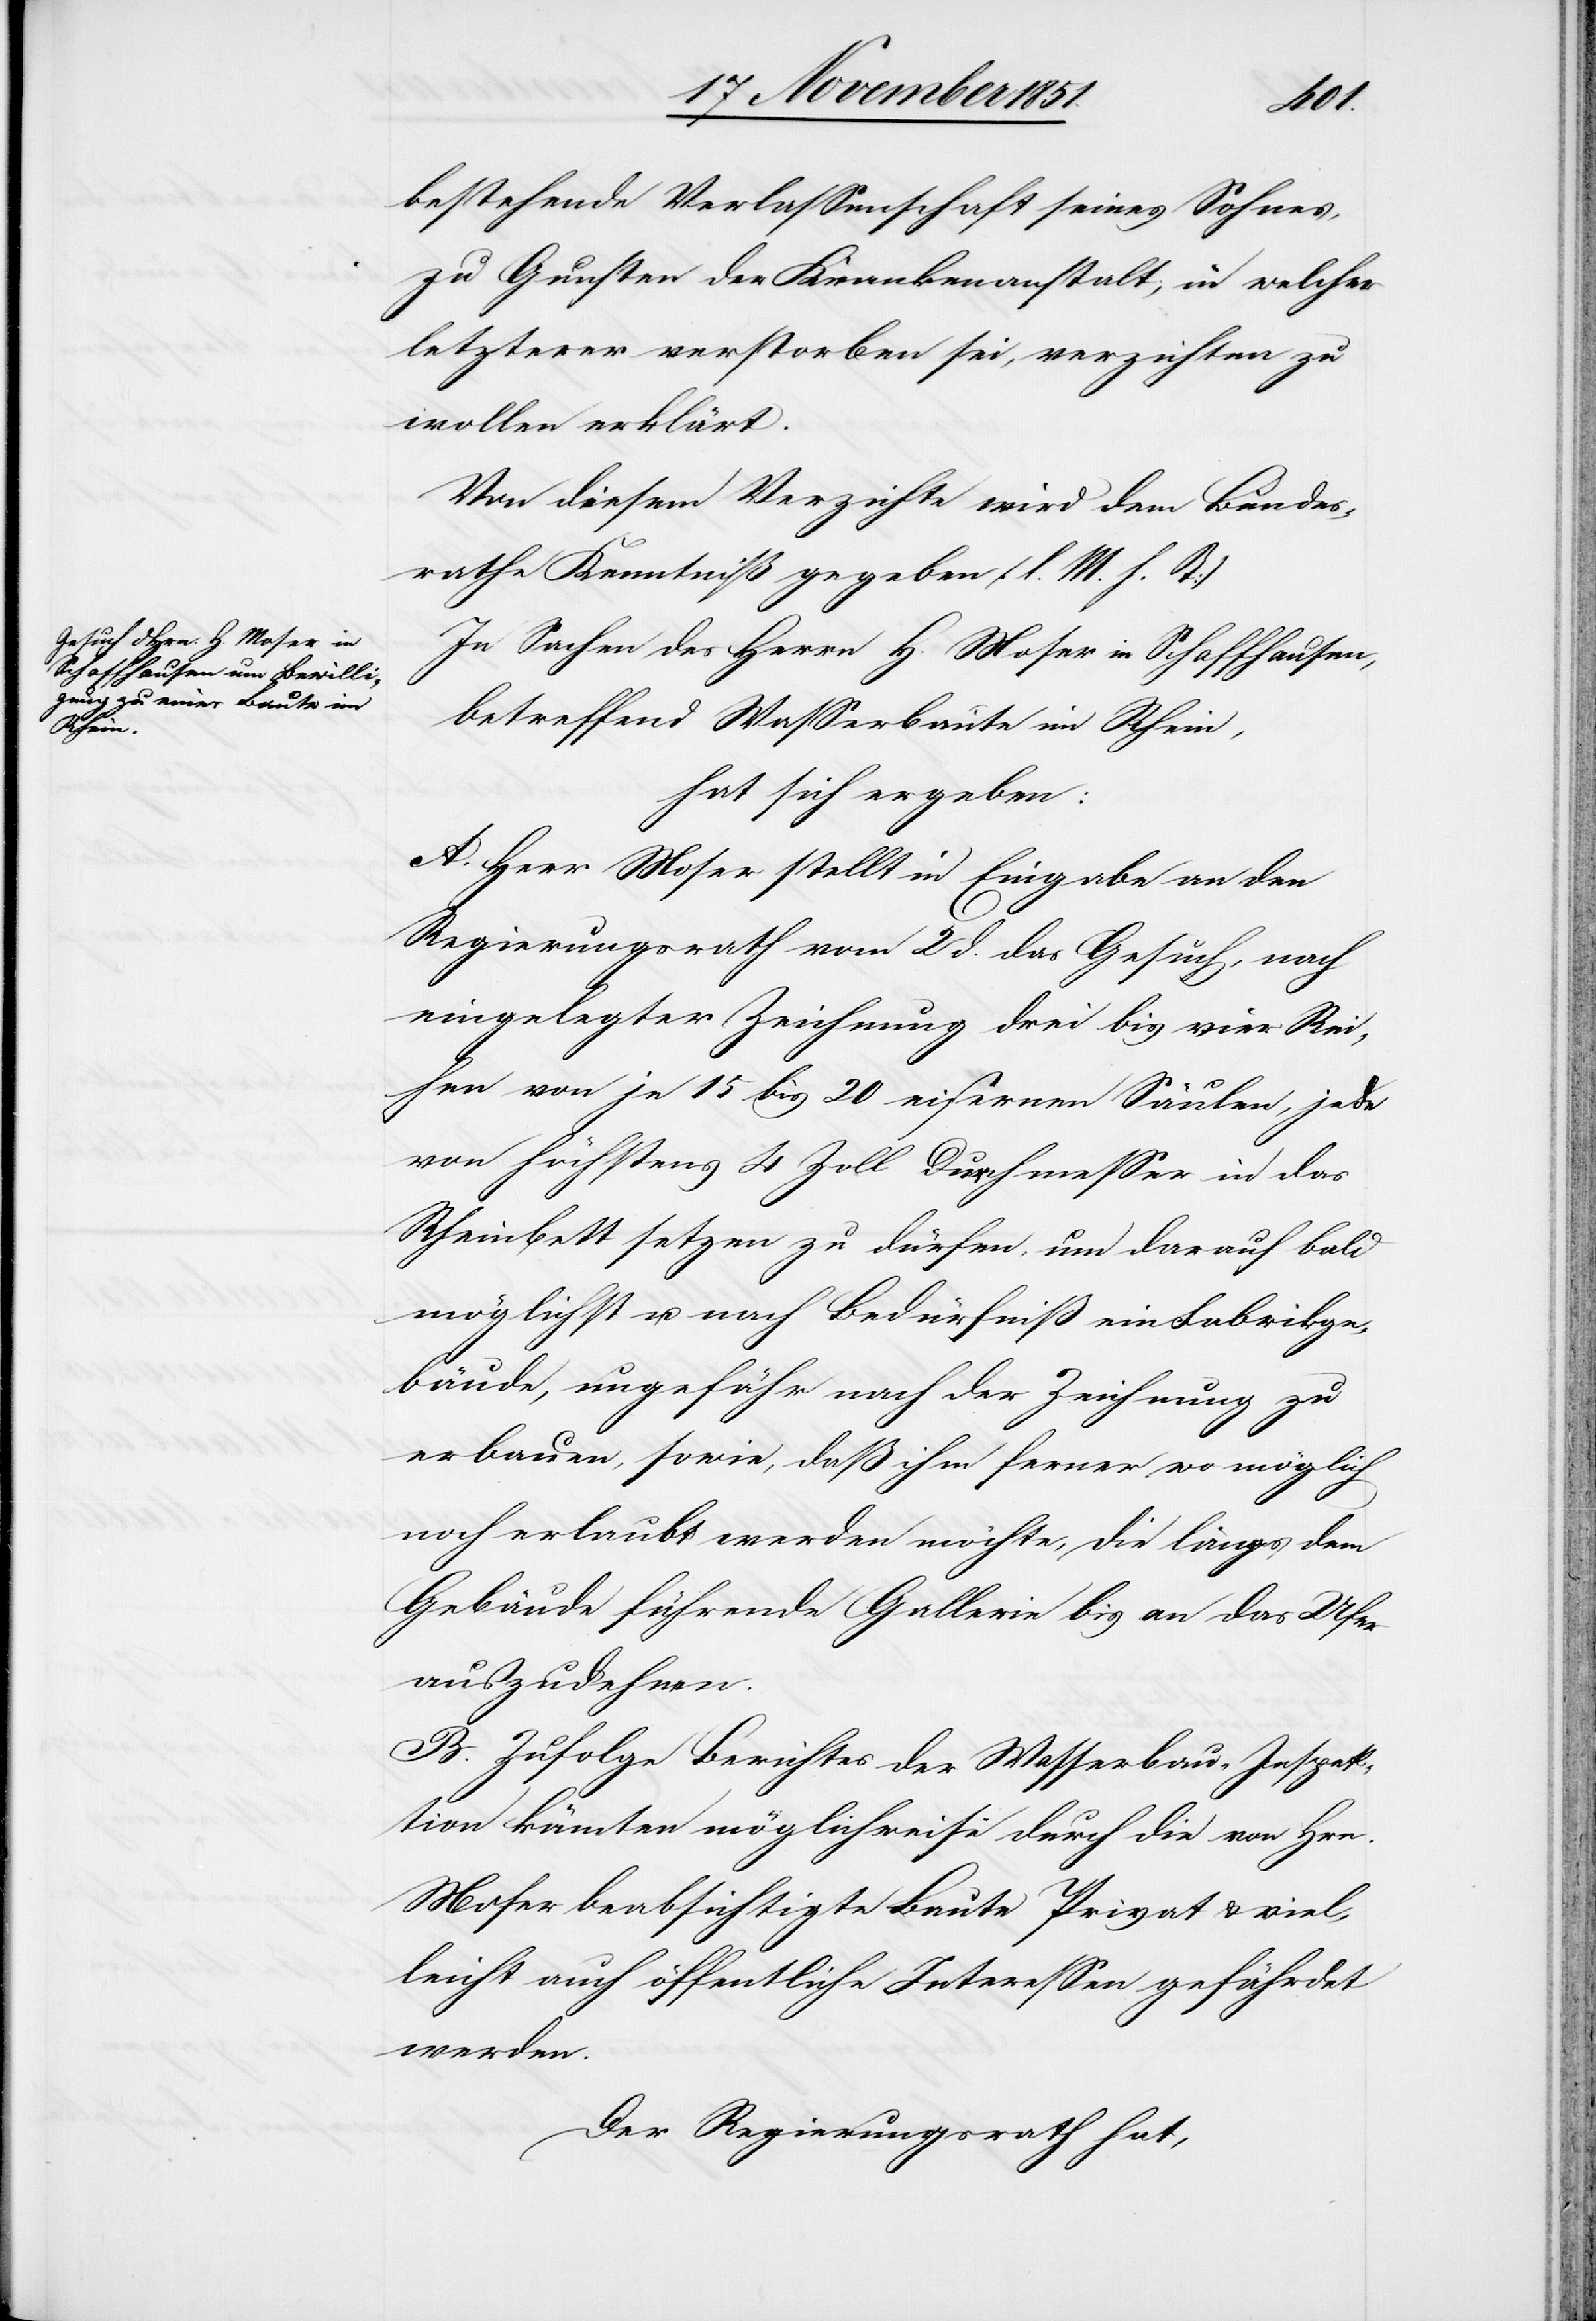
bestehende Verlassenschaft seines Sohnes,
zu Gunsten der Krankenanstalt; in welcher
letzterer verstorben sei, verzichten zu
wollen erklärt.
Von diesem Verzichte wird dem Bundes¬
rathe Kenntniß gegeben (l. M. h. T)[.]
In Sachen des Herrn H. Moser in Schaffhausen,
betreffend Wasserbaute im Rhein,
hat sich ergeben:
A. Herr Moser stellt in Eingabe an den
Regierungsrath vom 2 d. das Gesuch, nach
eingelegter Zeichnung drei bis vier Rei¬
hen von je 15 bis 20 eisernen Säulen, jede
von höchstens 4 Zoll Durchmesser in das
Rheinbett setzen zu dürfen, um darauf bald
möglichst u. nach Bedürfniß ein Fabrikge¬
bäude, ungefähr nach der Zeichnung zu
erbauen, sowie, daß ihm ferner wo möglich
noch erlaubt werden möchte, die längs dem
Gebäude führende Gallerie bis an das Ufer
auszudehnen.
B. Zufolge Berichtes der Wasserbau-Inspek¬
tion könnten möglich[er]weise durch die von Hrn.
Moser beabsichtigte Baute Privat[-] & viel¬
leicht auch öffentliche Interessen gefährdet
werden.
Der Regierungsrath hat,